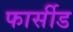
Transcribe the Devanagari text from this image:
फार्सीड